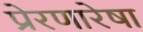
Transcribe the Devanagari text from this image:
प्रेरणारेषा